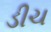
ડીચ